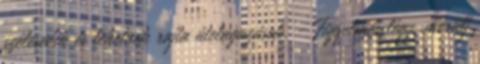
szélesedik és lehetnek rajta útelágazások. - Figyelmes légy, merülj